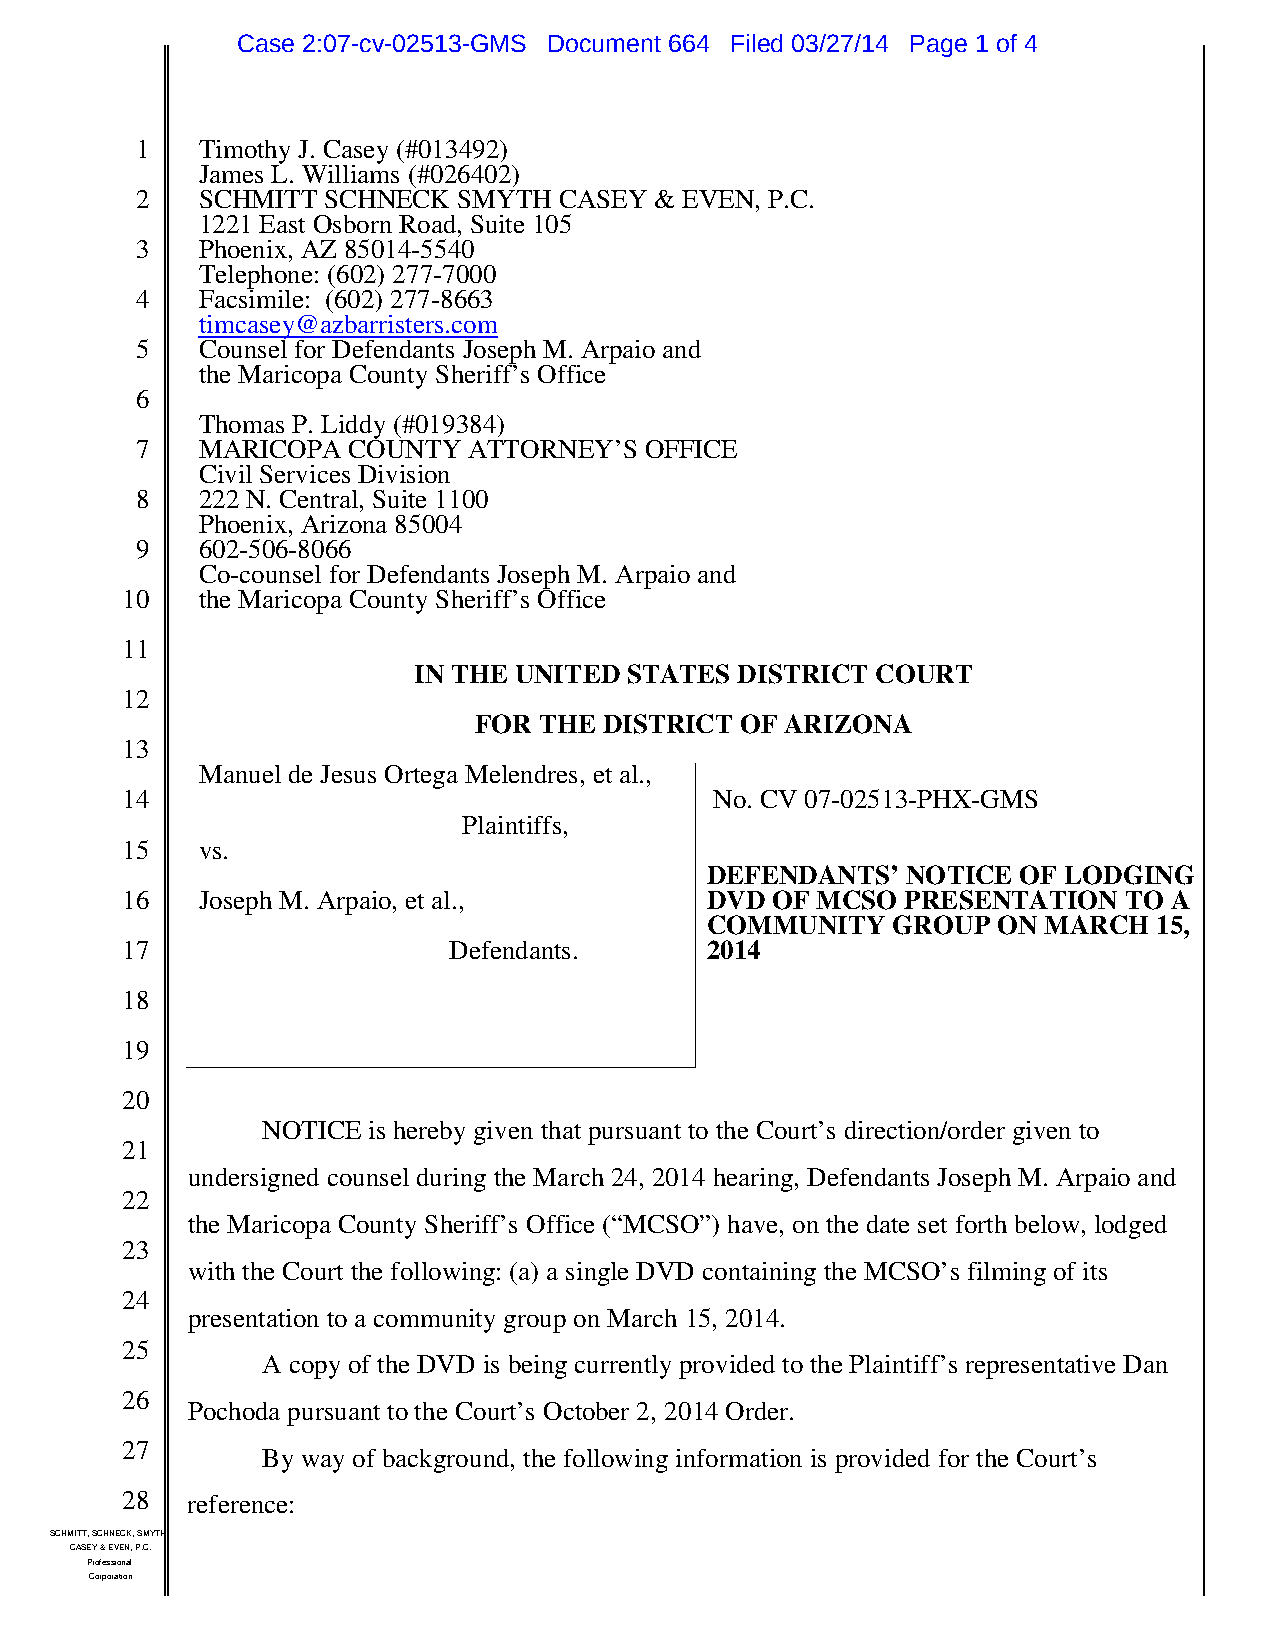
Case 2:07-cv-02513-GMS Document 664 Filed 03/27/14 Page 1 of 4
 1   Timothy J. Casey (#013492)
 James L. Williams (#026402)
 2   SCHMITT SCHNECK  SMYTH  CASEY & EVEN, P.C.
 1221 East Osborn Road, Suite 105
 3   Phoenix, AZ 85014-5540
 Telephone: (602) 277-7000
 4   Facsimile: (602) 277-8663
 timcasey@azbarristers.com
 5   Counsel for Defendants Joseph M. Arpaio and
 the Maricopa County Sheriff’s Office
 6
 Thomas P. Liddy (#019384)
 7   MARICOPA  COUNTY  ATTORNEY’S  OFFICE
 Civil Services Division
 8   222 N. Central, Suite 1100
 Phoenix, Arizona 85004
 9   602-506-8066
 Co-counsel for Defendants Joseph M. Arpaio and
 10   the Maricopa County Sheriff’s Office
 11
 IN THE UNITED  STATES DISTRICT COURT
 12
 FOR  THE DISTRICT OF ARIZONA
 13
 Manuel de Jesus Ortega Melendres, et al.,
 14                                     No. CV 07-02513-PHX-GMS
 Plaintiffs,
 15   vs.
 DEFENDANTS’  NOTICE OF LODGING
 16   Joseph M. Arpaio, et al.,         DVD OF MCSO  PRESENTATION  TO  A
 COMMUNITY   GROUP  ON MARCH   15,
 17                    Defendants.      2014
 18
 19
 20
 NOTICE is hereby given that pursuant to the Court’s direction/order given to
 21
 undersigned counsel during the March 24, 2014 hearing, Defendants Joseph M. Arpaio and
 22
 the Maricopa County Sheriff’s Office (“MCSO”) have, on the date set forth below, lodged
 23
 with the Court the following: (a) a single DVD containing the MCSO’s filming of its
 24
 presentation to a community group on March 15, 2014.
 25
 A copy of the DVD is being currently provided to the Plaintiff’s representative Dan
 26
 Pochoda pursuant to the Court’s October 2, 2014 Order.
 27
 By way of background, the following information is provided for the Court’s
 28  reference:
 SCHMITT, SCHNECK, SMYTH,
 CASEY & EVEN, P.C.
 Professional
 Corporation